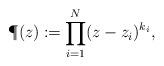
LaTeX: \begin{align*}\P(z) \coloneqq \prod_{i=1}^N (z - z_i)^{k_i},\end{align*}